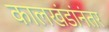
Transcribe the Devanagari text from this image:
कालखंडांनंतर